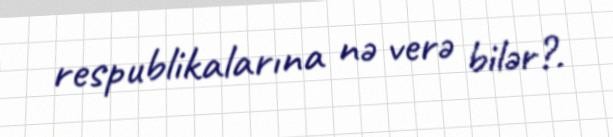
respublikalarına nə verə bilər?.